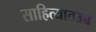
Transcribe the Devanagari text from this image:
साहित्यातउच्च